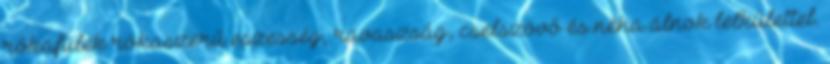
rókafülek rókaszerű eszesség, ravaszság, cselszövő és néha álnok lelkülettel.